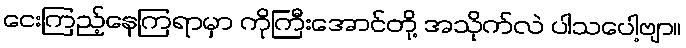
ငေးကြည့်နေကြရာမှာ ကိုကြီးအောင်တို့ အသိုက်လဲ ပါသပေါ့ဗျာ။